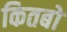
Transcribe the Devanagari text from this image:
कितबो